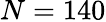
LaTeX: N=140